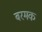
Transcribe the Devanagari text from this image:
बरमक